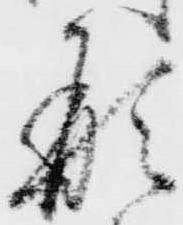
形